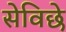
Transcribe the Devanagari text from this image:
सेविछे